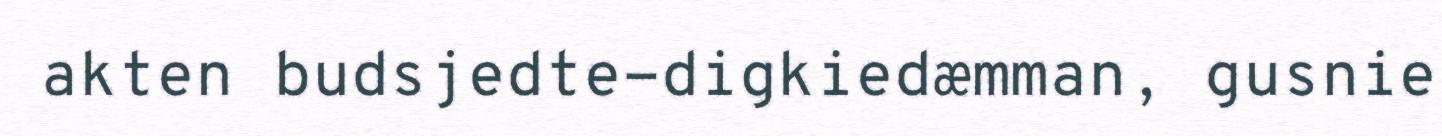
akten budsjedte-digkiedæmman, gusnie